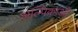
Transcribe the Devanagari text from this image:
अल्पिकाओं